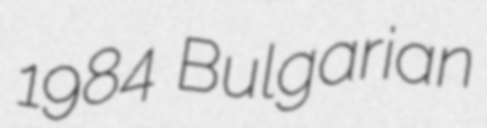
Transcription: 1984 Bulgarian